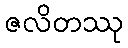
ဇလိတဿု